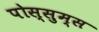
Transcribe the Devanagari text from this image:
पोस्सुम्स